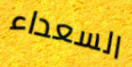
السعداء